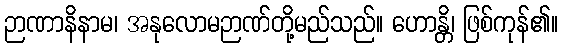
ဉာဏာနိနာမ၊ အနုလောမဉာဏ်တို့မည်သည်။ ဟောန္တိ၊ ဖြစ်ကုန်၏။